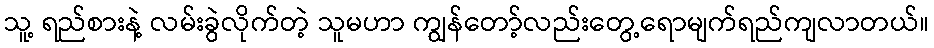
သူ့ ရည်စားနဲ့ လမ်းခွဲလိုက်တဲ့ သူမဟာ ကျွန်တော့်လည်းတွေ့ရောမျက်ရည်ကျလာတယ်။